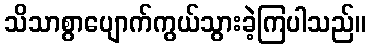
သိသာစွာပျောက်ကွယ်သွားခဲ့ကြပါသည်။